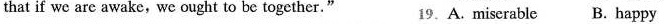
that if we are awake,we ought to be together." 19.A.miserable B. happy